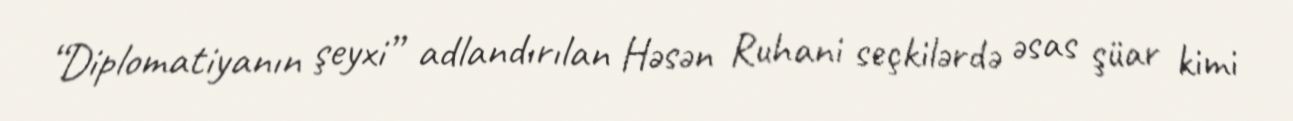
“Diplomatiyanın şeyxi” adlandırılan Həsən Ruhani seçkilərdə əsas şüar kimi